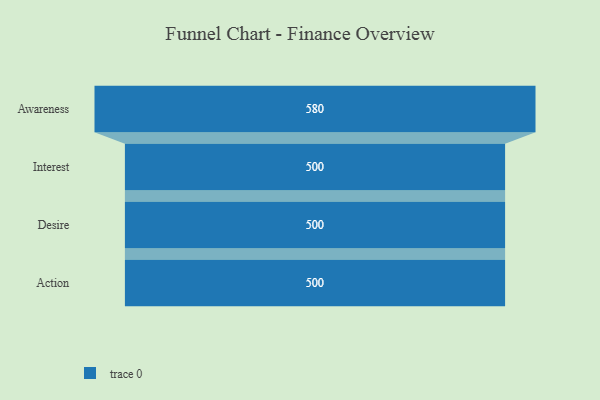
{"axis": {"x": "Stage", "y": "Value"}, "legend": [""], "data": [{"x": "Awareness", "y": 580.0, "type": ""}, {"x": "Interest", "y": 500, "type": ""}, {"x": "Desire", "y": 500, "type": ""}, {"x": "Action", "y": 500, "type": ""}]}